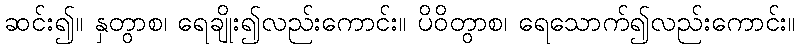
ဆင်း၍။ နှတွာစ၊ ရေချိုး၍လည်းကောင်း။ ပိဝိတွာစ၊ ရေသောက်၍လည်းကောင်း။